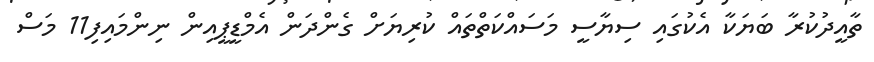
ތާއީދުކުރާ ބަޔަކާ އެކުގައި ސިޔާސީ މަސައްކަތްތައް ކުރިޔަށް ގެންދަން އެމްޑީޕީއިން ނިންމައިފި11 މަސް